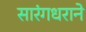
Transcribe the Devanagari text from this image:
सारंगधराने